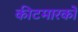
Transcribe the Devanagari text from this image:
कीटमारकों